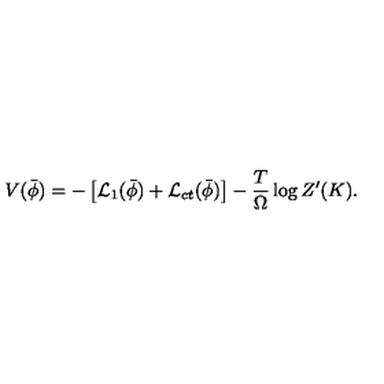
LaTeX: V ( \bar { \phi } ) = - \left[ { \cal L } _ { 1 } ( \bar { \phi } ) + { \cal L } _ { c t } ( \bar { \phi } ) \right] - \frac { T } { \Omega } \log Z ^ { \prime } ( K ) .